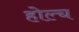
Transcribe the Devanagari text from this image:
होल्च